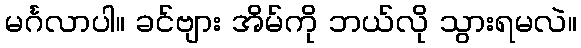
မင်္ဂလာပါ။ ခင်ဗျား အိမ်ကို ဘယ်လို သွားရမလဲ။